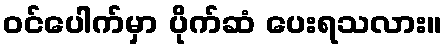
ဝင်ပေါက်မှာ ပိုက်ဆံ ပေးရသလား။